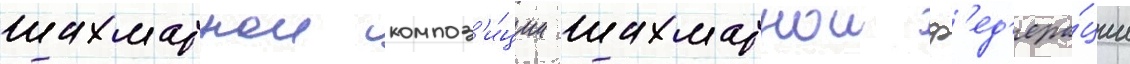
шахматнои композ'и́ции шахматнои ф'ед'ера́ции